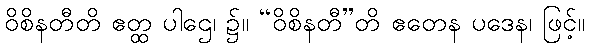
ဝိစိနတီတိ ဧတ္ထ ပါဌေ၊ ၌။ “ဝိစိနတီ”တိ ဧတေန ပဒေန၊ ဖြင့်။